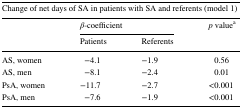
| <COLSPAN=4> Change of net days of SA in patients with SA and referents (model 1) |
 | <ROWSPAN=2>  | <COLSPAN=2> β-coefficient | <ROWSPAN=2> p valuea |
 | Patients | Referents |
 | --- | --- | --- | --- |
 | AS, women | −4.1 | −1.9 | 0.56 |
 | AS, men | −8.1 | −2.4 | 0.01 |
 | PsA, women | −11.7 | −2.7 | <0.001 |
 | PsA, men | −7.6 | −1.9 | <0.001 |